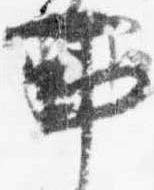
事